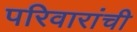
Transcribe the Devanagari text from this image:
परिवारांची